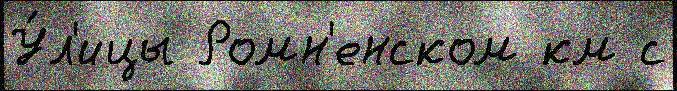
У́л'ицы Ромн'енском км с